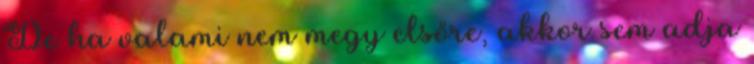
De ha valami nem megy elsőre, akkor sem adja